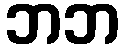
ဘဘ